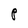
Character: P